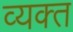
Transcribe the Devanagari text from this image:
व्‍यक्‍त